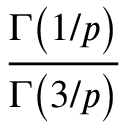
\displaystyle \frac { \Gamma \big ( 1 / p \big ) } { \Gamma \big ( 3 / p \big ) }